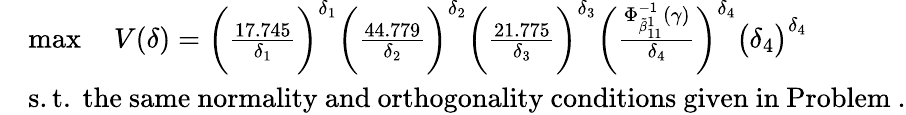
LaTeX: \begin{array}{rl}&{\operatorname*{max}\quad V(\delta)=\bigg(\frac{17.745}{{\delta_{1}}}\bigg)^{{\delta_{1}}}\bigg(\frac{44.779}{{\delta_{2}}}\bigg)^{{\delta_{2}}}\bigg(\frac{21.775}{{\delta_{3}}}\bigg)^{{\delta_{3}}}\bigg(\frac{\Phi_{\tilde{\beta}_{11}^{1}}^{-1}(\gamma)}{{\delta_{4}}}\bigg)^{{\delta_{4}}}\big(\delta_{4}\big)^{\delta_{4}}}\\ &{\mathrm{s.t.~the~same~normality~and~orthogonality~conditions~given~in~Problem~}.}\end{array}